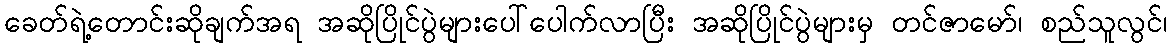
ခေတ်ရဲ့တောင်းဆိုချက်အရ အဆိုပြိုင်ပွဲများပေါ်ပေါက်လာပြီး အဆိုပြိုင်ပွဲများမှ တင်ဇာမော်၊ စည်သူလွင်၊